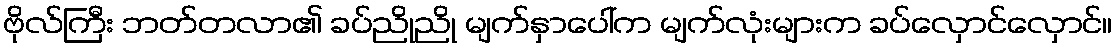
ဗိုလ်ကြီး ဘတ်တလာ၏ ခပ်ညိုညို မျက်နှာပေါ်က မျက်လုံးများက ခပ်လှောင်လှောင်။